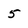
Character: 5